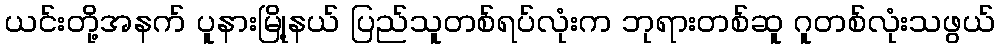
ယင်းတို့အနက် ပူနားမြို့နယ် ပြည်သူတစ်ရပ်လုံးက ဘုရားတစ်ဆူ ဂူတစ်လုံးသဖွယ်